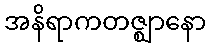
အနိရာကတဇ္ဈာနော